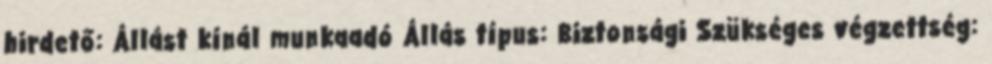
hirdető: Állást kínál munkaadó Állás típus: Biztonsági Szükséges végzettség: